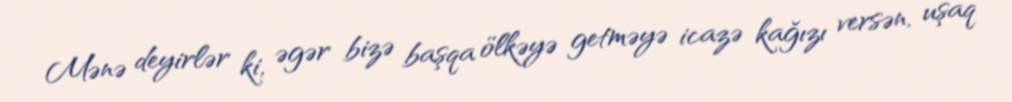
Mənə deyirlər ki, əgər bizə başqa ölkəyə getməyə icazə kağızı versən, uşaq